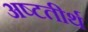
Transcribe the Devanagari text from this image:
अष्‍टतीर्थ